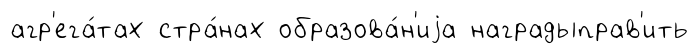
агр'ега́тах стра́нах образова́н'иjа наградыправ'ить